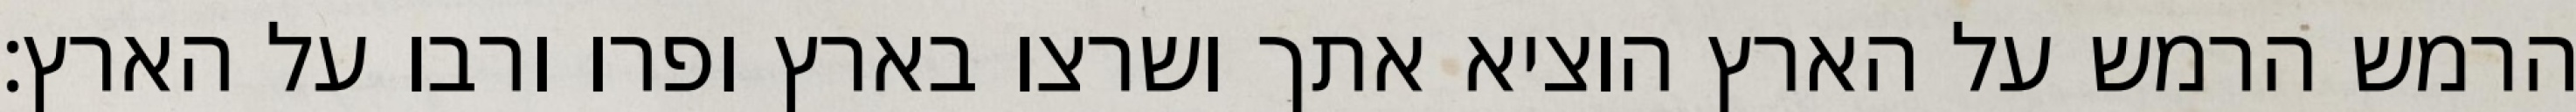
הרמש הרמש על הארץ הוציא אתך ושרצו בארץ ופרו ורבו על הארץ׃